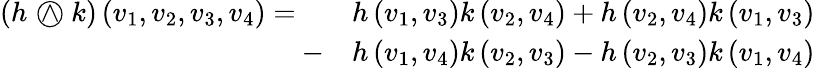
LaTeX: {\begin{array}{rl}{(h{~\wedge\! \! \! \! \! \! \! \! \; \bigcirc~}k)\left(v_{1},v_{2},v_{3},v_{4}\right)=\quad}&{h\left(v_{1},v_{3}\right)k\left(v_{2},v_{4}\right)+h\left(v_{2},v_{4}\right)k\left(v_{1},v_{3}\right)}\\ {-}&{h\left(v_{1},v_{4}\right)k\left(v_{2},v_{3}\right)-h\left(v_{2},v_{3}\right)k\left(v_{1},v_{4}\right)}\end{array}}